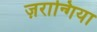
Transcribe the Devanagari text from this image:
ज़रान्गिया